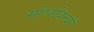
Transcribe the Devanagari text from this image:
मोचबिन्दी